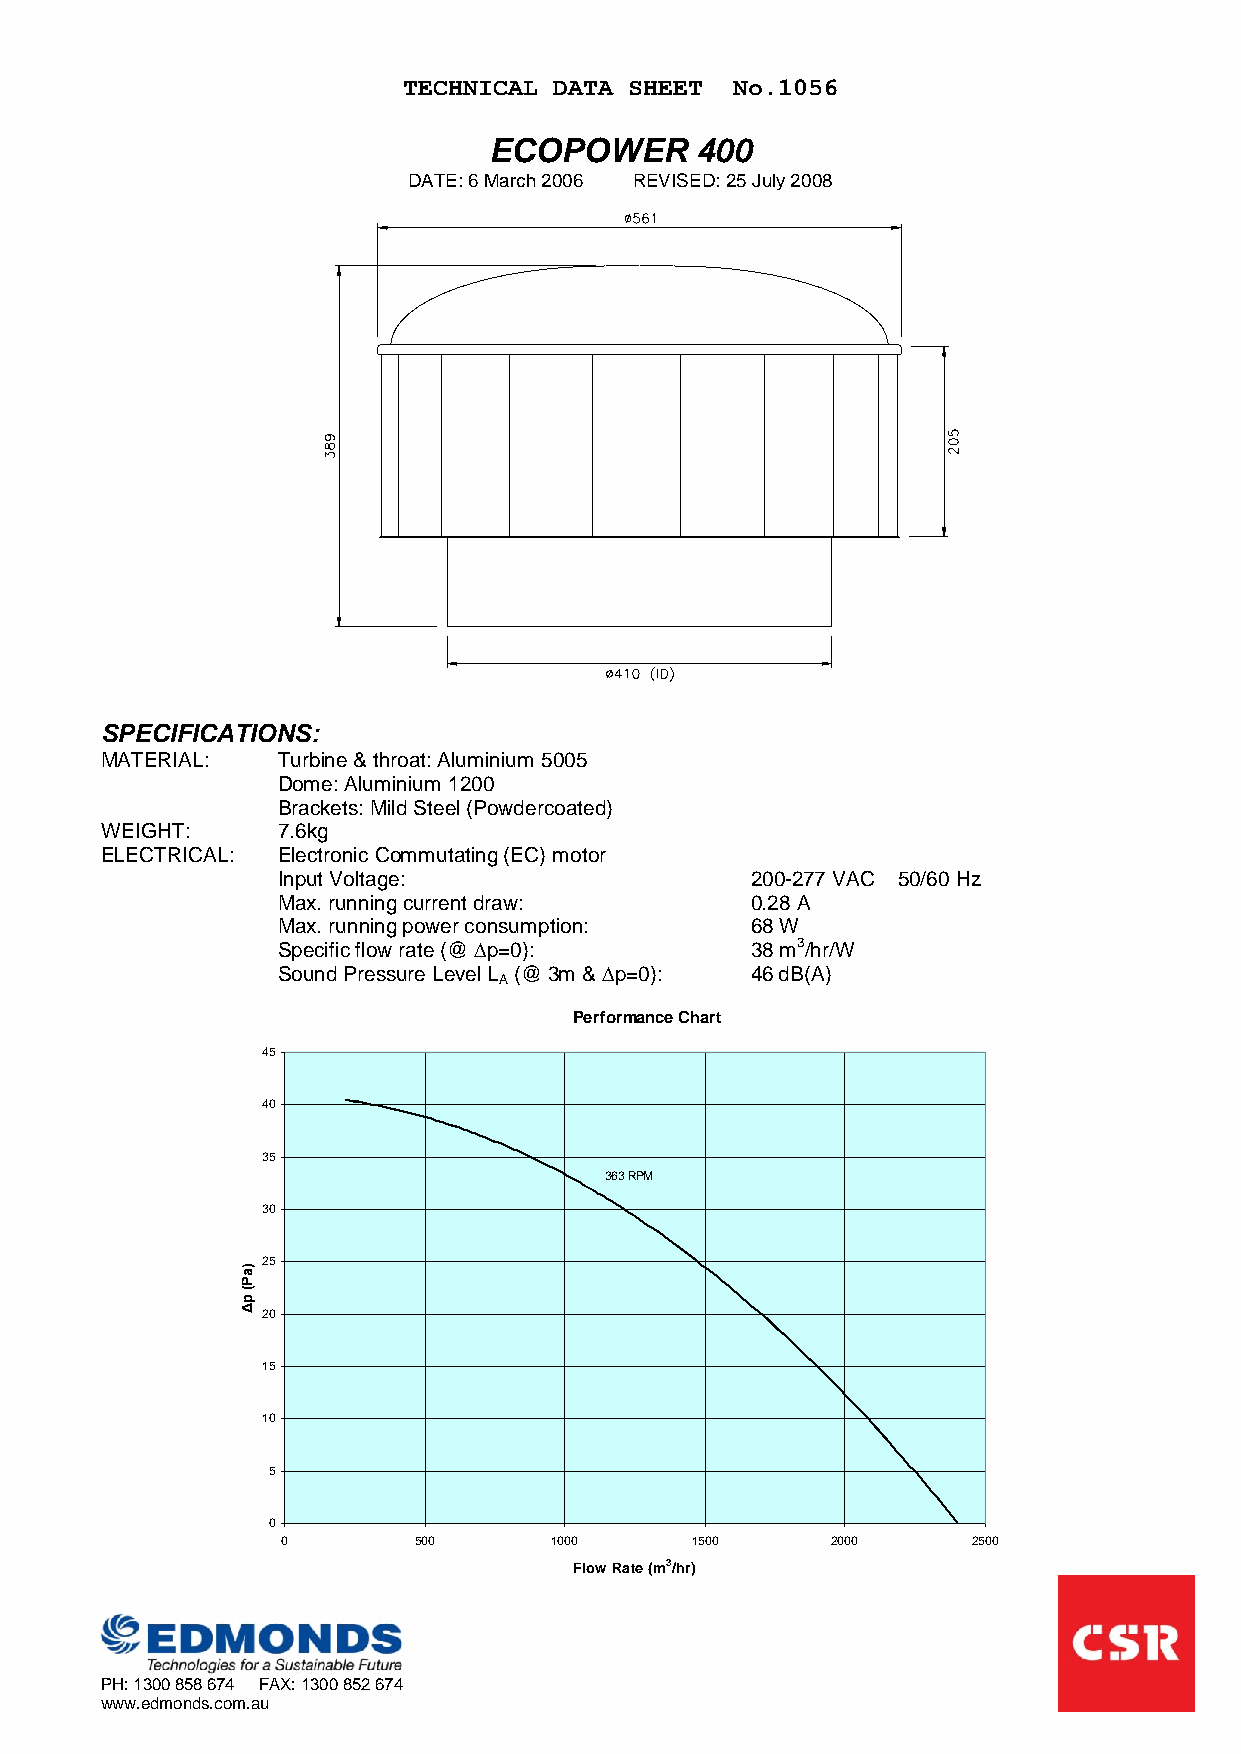
TECHNICAL DATA SHEET  No.1056
 ECOPOWER      400
 DATE: 6 March 2006 REVISED: 25 July 2008
 SPECIFICATIONS:
 MATERIAL:  Turbine & throat: Aluminium 5005
 Dome: Aluminium 1200
 Brackets: Mild Steel (Powdercoated)
 WEIGHT:    7.6kg
 ELECTRICAL: Electronic Commutating (EC) motor
 Input Voltage:                  200-277 VAC 50/60 Hz
 Max. running current draw:      0.28 A
 Max. running power consumption: 68 W
 Specific flow rate (@ ∆p=0):    38 m3/hr/W
 Sound Pressure Level L (@ 3m & ∆p=0): 46 dB(A)
 A
 Performance Chart
 45
 40
 35
 363 RPM
 30
 25
 )a
 P
 (
 p
 Δ 20
 15
 10
 5
 0
 0       500      1000      1500     2000     2500
 Flow Rate (m3/hr)
 PH: 1300 858 674 FAX: 1300 852 674
 www.edmonds.com.au